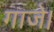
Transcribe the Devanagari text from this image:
गाजे।